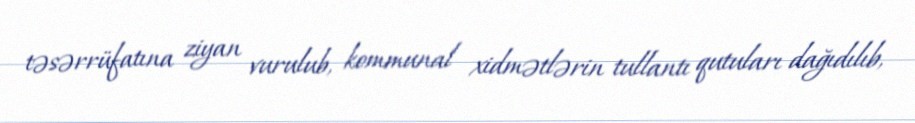
təsərrüfatına ziyan vurulub, kommunal xidmətlərin tullantı qutuları dağıdılıb,